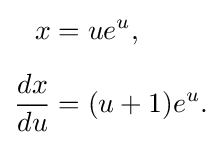
{\begin{aligned}x&=ue^{u},\\[5pt]{\frac {dx}{du}}&=(u+1)e^{u}.\end{aligned}}